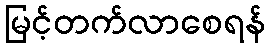
မြင့်တက်လာစေရန်